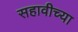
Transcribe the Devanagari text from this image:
सहावीच्या